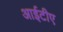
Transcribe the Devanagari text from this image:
आईटीए